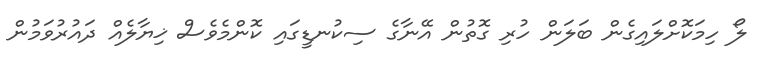
ލޯ ހިމަކޮށްލައިގެން ބަލަން ހުރި ގޮތުން އޭނާގެ ސިކުނޑީގައި ކޮންމެވެސް ޚިޔާލެއް ދައުރުވަމުން